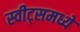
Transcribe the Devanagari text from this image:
स्वीट्‌समध्ये